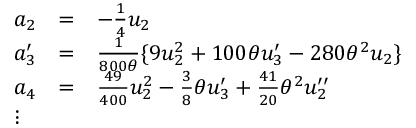
\begin{array} { l c l } { { a _ { 2 } } } & { { = } } & { { - \frac { 1 } { 4 } u _ { 2 } } } \\ { { a _ { 3 } ^ { \prime } } } & { { = } } & { { \frac { 1 } { 8 0 0 \theta } \{ 9 u _ { 2 } ^ { 2 } + 1 0 0 \theta u _ { 3 } ^ { \prime } - 2 8 0 { \theta } ^ { 2 } u _ { 2 } \} } } \\ { { a _ { 4 } } } & { { = } } & { { \frac { 4 9 } { 4 0 0 } u _ { 2 } ^ { 2 } - \frac { 3 } { 8 } \theta u _ { 3 } ^ { \prime } + \frac { 4 1 } { 2 0 } { \theta } ^ { 2 } u _ { 2 } ^ { \prime \prime } } } \\ { { \vdots } } \end{array}